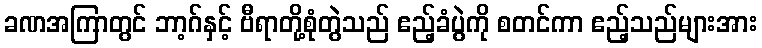
ခဏအကြာတွင် ဘာ့ဂ်နှင့် ဗီရာတို့စုံတွဲသည် ဧည့်ခံပွဲကို စတင်ကာ ဧည့်သည်များအား